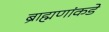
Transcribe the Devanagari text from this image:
ब्राह्मणांकडे